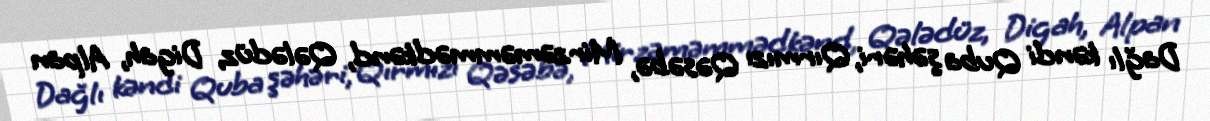
Dağlı kəndi Quba şəhəri, Qırmızı Qəsəbə, Mirzəməmmədkənd, Qələdüz, Digah, Alpan